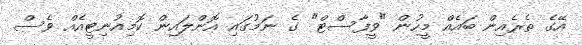
އޭގެ ތެރެއިން ބައެއް މީހުން "ވީފާސްޓް" ގެ ނަމުގައި އޮންލައިން ކޮމިއުނިޓީއެއް ވެސް